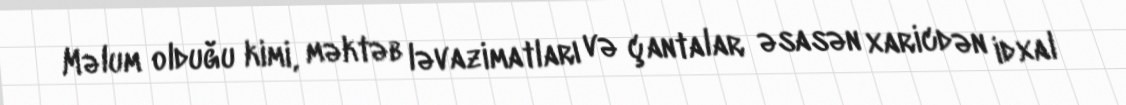
Məlum olduğu kimi, məktəb ləvazimatları və çantalar əsasən xaricdən idxal